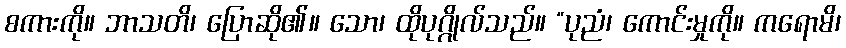
စကားကို။ ဘာသတိ၊ ပြောဆို၏။ သော၊ ထိုပုဂ္ဂိုလ်သည်။ “ပုညံ၊ ကောင်းမှုကို။ ကရောမိ၊